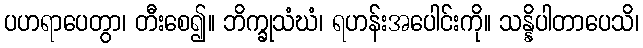
ပဟရာပေတွာ၊ တီးစေ၍။ ဘိက္ခုသံဃံ၊ ရဟန်းအပေါင်းကို။ သန္နိပါတာပေသိ၊